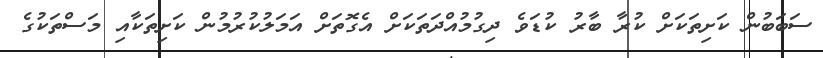
ސަބަބުން ކަށިތަކަށް ކުރާ ބާރު ކުޑަވެ ދިގުމުއްދަތަކަށް އެގޮތަށް އަމަލުކުރުމުން ކަށިތަކާއި މަސްތަކުގެ